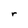
Character: r